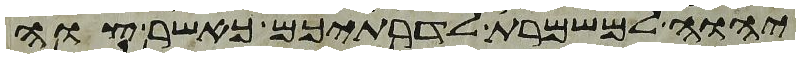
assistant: יהוה למשמרת לדרתיכם כאשר צוה